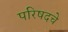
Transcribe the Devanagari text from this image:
परिषदचे